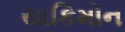
યાકિમોન